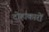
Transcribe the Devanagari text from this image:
दोहाकारों